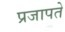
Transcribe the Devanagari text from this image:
प्रजापते